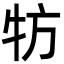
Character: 牥